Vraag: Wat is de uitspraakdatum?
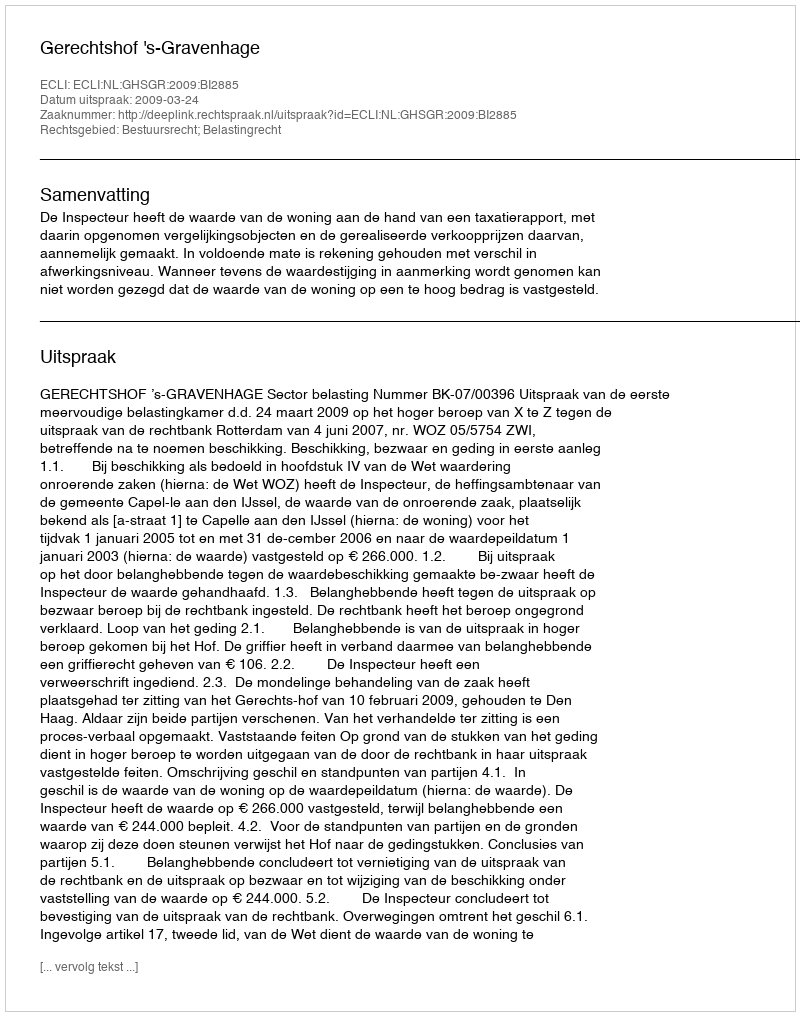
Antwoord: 2009-03-24